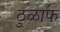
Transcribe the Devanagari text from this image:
ठुळाफ